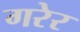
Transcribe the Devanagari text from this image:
गरेर